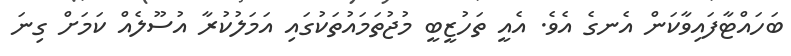
ބަހައްޓާފައިވާކަން އެނގެ އެވެ. އެއީ ތަހުޒީބީ މުޖުތަމައުތަކުގައި އަމަލުކުރާ އުސޫލެއް ކަމަށް ގިނަ